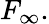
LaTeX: F_{\infty}.